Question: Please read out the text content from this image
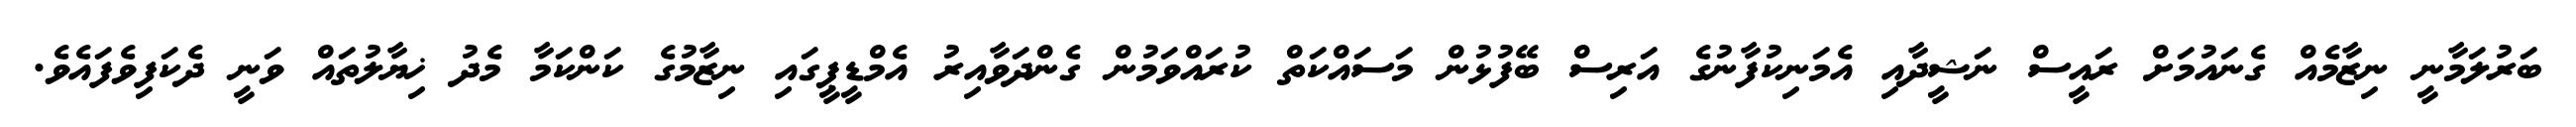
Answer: ބަރުލަމާނީ ނިޒާމެއް ގެނައުމަށް ރައީސް ނަޝީދާއި އެމަނިކުފާނުގެ އަރިސް ބޭފުޅުން މަސައްކަތް ކުރައްވަމުން ގެންދަވާއިރު އެމްޑީޕީގައި ނިޒާމުގެ ކަންކަމާ މެދު ޚިޔާލުތައް ވަނީ ދެކަފިވެފައެވެ.